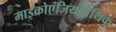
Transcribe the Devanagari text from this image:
माइक्रोएंजियोपैथिक